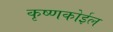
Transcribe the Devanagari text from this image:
कृष्णकोईल